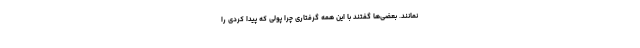
نمانند. بعضی‌ها گفتند با این همه گرفتاری چرا پولی که پیدا کردی را